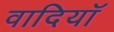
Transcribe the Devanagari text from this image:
वादियॉ